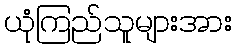
ယုံကြည်သူများအား